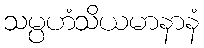
သမ္ပဟံသိယမာနာနံ